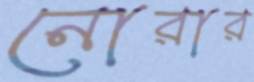
নোরার